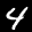
Label: 4